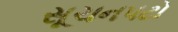
સૂચનપટો